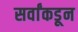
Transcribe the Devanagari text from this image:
सर्वांकडून